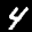
Label: 4